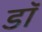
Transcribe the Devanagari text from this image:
डाॅॅ